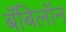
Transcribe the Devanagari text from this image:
बॅबिलॉन